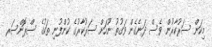
މިކަން ސަރުކާރުން ވެސް ދަނެގެން ވަގުތު ނޫހަށް ސަރުކާރުގެ ކުންފުނި ތަކުގެ ސްޕޮންސަރ